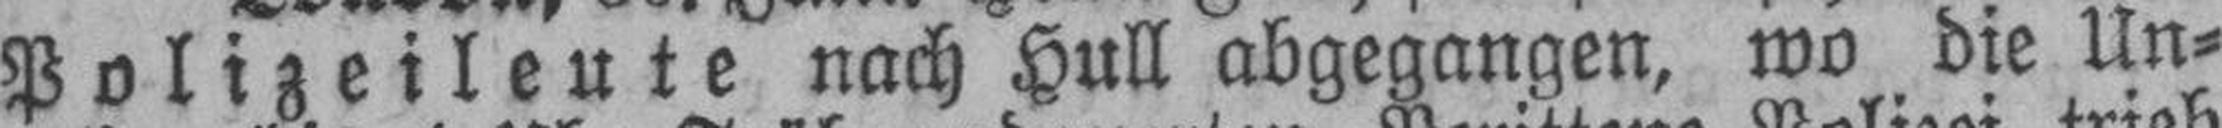
Polizeileute nach Hull abgegangen, wo die Un¬